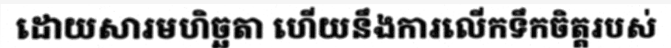
ដោយសារមហិច្ឆតា ហើយនឹងការលើកទឹកចិត្តរបស់